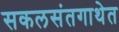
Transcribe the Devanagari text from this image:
सकलसंतगाथेत